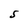
Character: S